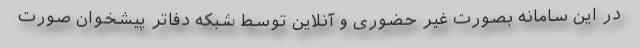
در این سامانه بصورت غیر حضوری و آنلاین توسط شبکه دفاتر پیشخوان صورت